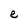
Character: e